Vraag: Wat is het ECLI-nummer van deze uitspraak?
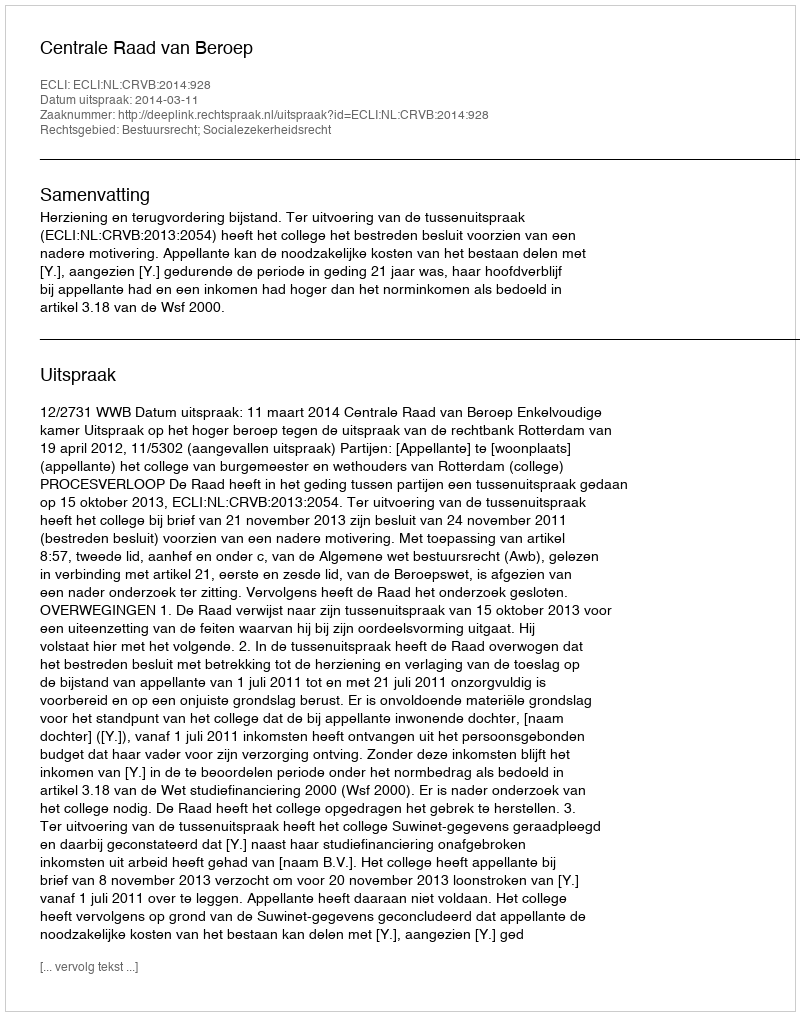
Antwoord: ECLI:NL:CRVB:2014:928